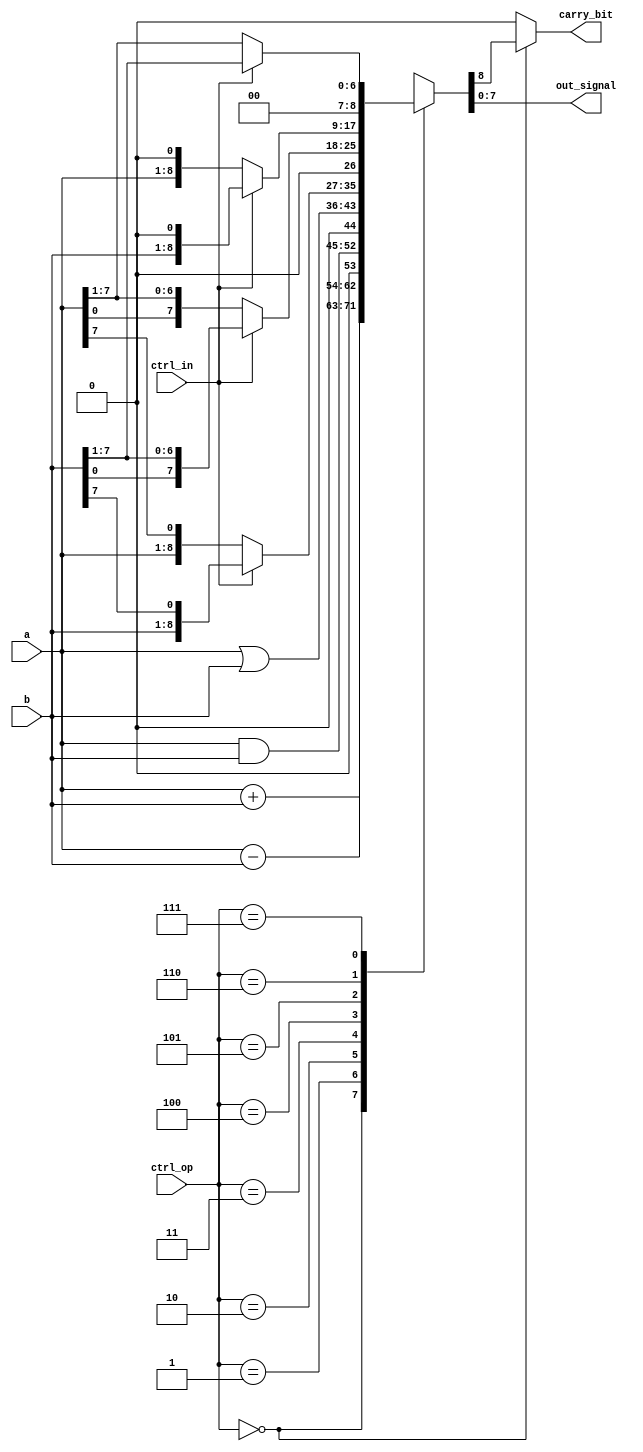

module ALU (a,b,ctrl_op,ctrl_in,out_signal,carry_bit);
  input [7:0]a,b;
  input [2:0]ctrl_op;
  input ctrl_in;
  output wire [7:0]out_signal;
  output wire carry_bit;
  reg [8:0]result;
  assign out_signal=result[7:0];
  assign carry_bit=(ctrl_op==000)?result[8]:1'b0;
  always@(ctrl_op or ctrl_in or a or b)
  begin
    case (ctrl_op)
      3'b000 : result=a+b;
      3'b001 : result=a-b;
      3'b010 : result=a&b;
      3'b011 : result=a|b;
      3'b100 : 
      begin
       if (ctrl_in== 0)result={a[7:0],a[7]};
       else result={b[7:0],b[7]};
      end
      3'b101 : 
      begin
        if (ctrl_in==0)result={1'b0,a[0],a[7:1]};
        else result={1'b0,b[0],b[7:1]};
      end
      3'b110 :
      begin
        if (ctrl_in==0)result={a[7:0],1'b0};
        else result={b[7:0],1'b0};
      end
      3'b111 :
      begin
        if (ctrl_in==0)result={1'b0,1'b0,a[7:1]};
        else result={1'b0,1'b0,b[7:1]};
      end
    endcase
  end
endmodule